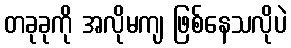
တခုခုကို အလိုမကျ ဖြစ်နေသလိုပဲ